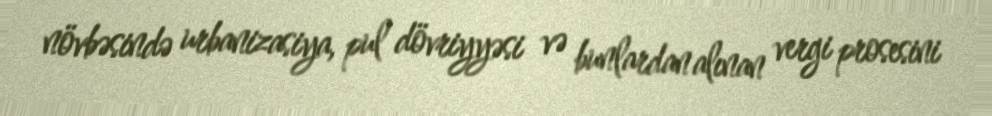
növbəsində urbanizasiya, pul dövriyyəsi və bunlardan alınan vergi prosesini